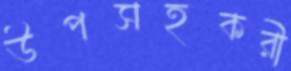
উপসহকরী